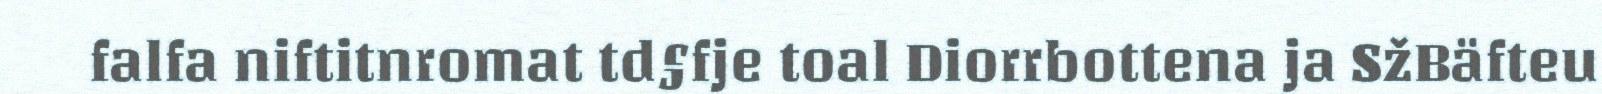
falfa niftitnromat td§fje toal Diorrbottena ja SžBäfteu